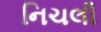
નિચલી